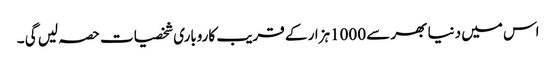
اس میں دنیا بھر سے 1000ہزار کے قریب کاروباری شخصیات حصہ لیں گی ۔